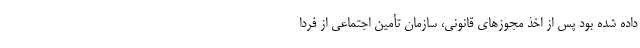
داده شده بود پس از اخذ مجوزهای قانونی، سازمان تأمین اجتماعی از فردا